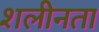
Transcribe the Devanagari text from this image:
शलीनता